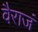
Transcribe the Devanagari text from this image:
वैराजं